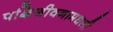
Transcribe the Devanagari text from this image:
पक्षिजीवनामधली